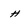
Character: h